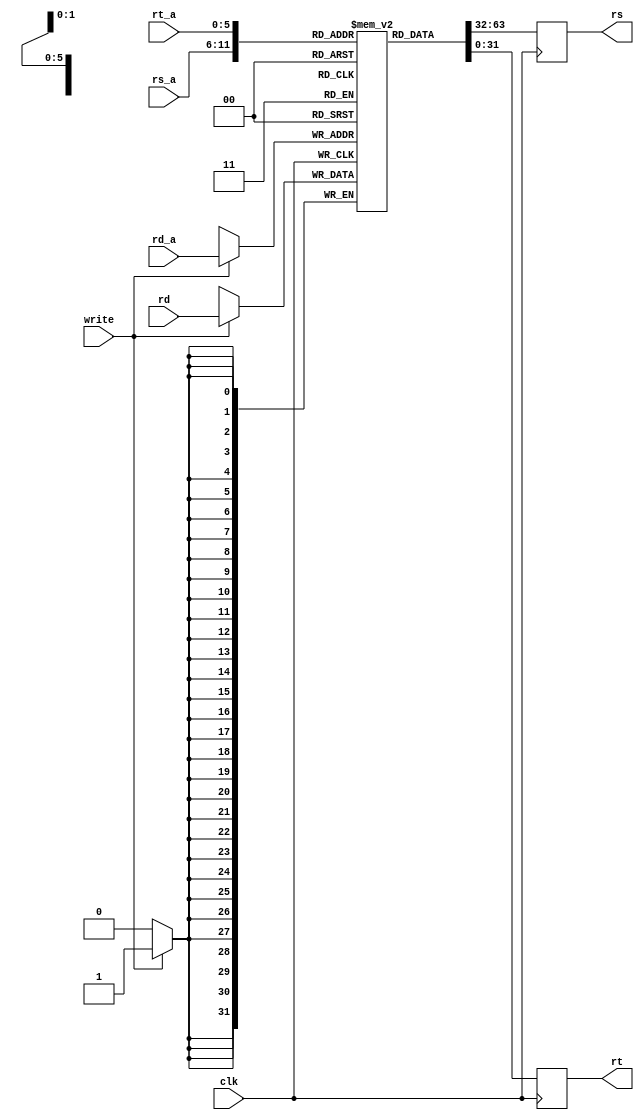
`timescale 1ns/1ps
//////////////////////////////////////////////////////////////////////////////////
// Company: SCU
//
// Design Name: IRD
// Module Name: Registers
// Project Name: lab3
// Target Devices:
// Tool Versions:
// Description: Registers module
//////////////////////////////////////////////////////////////////////////////////

module Registers (clk, rs_a, rs, rt_a, rt, rd_a, rd, write);

    input clk, write;
    input [5:0] rs_a, rt_a, rd_a;
    input [31:0] rd;
    output reg [31:0] rs, rt;

    reg [31:0] regs[63:0];

    initial begin
        regs[0] = 0;
        regs[1] = 0;
        regs[2] = 0;
        regs[3] = 0;
        regs[4] = 0;
        regs[5] = 0;
        regs[6] = 0;
        regs[7] = 0;
        regs[8] = 0;
        regs[9] = 0;
    end

    always @(posedge clk) begin
        rs = regs[rs_a]; // update rs to rs address
        rt = regs[rt_a]; // update rt to rt address
    end

    always @(negedge clk) begin
        if (write) // if write is high, update rd to rd address
            regs[rd_a] = rd;
    end
endmodule